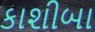
કાશીબા